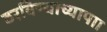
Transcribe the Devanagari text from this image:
ठरविण्याच्यापाा